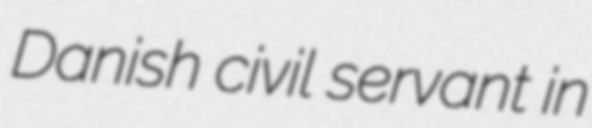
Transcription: Danish civil servant in